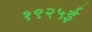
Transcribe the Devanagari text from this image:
१९२५ई